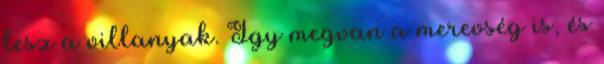
lesz a villanyak. Így megvan a merevség is, és